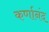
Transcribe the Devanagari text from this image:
कर्णानंद